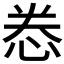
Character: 𫺉